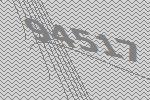
94517